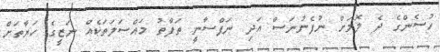
ހުސެންގެ ދެ ލޮލަށް ނުފެނުނަސް އަދި ނަފްސާނީ ތަފާތު މައްސަލަތަކެއް ނަޒީގެ ހަޔާތަށް